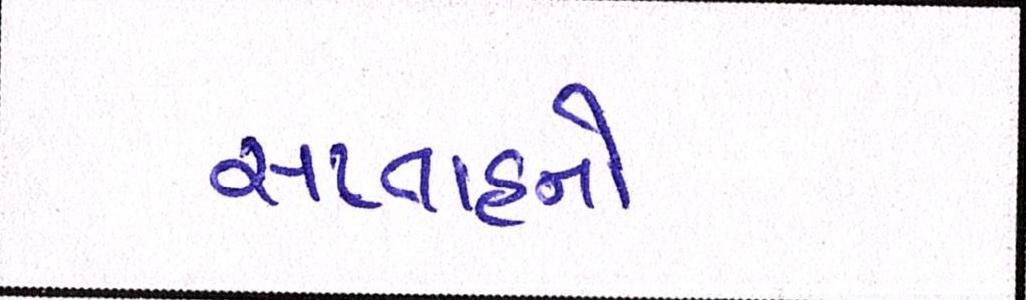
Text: સપ્તાહનો